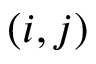
( i , j )